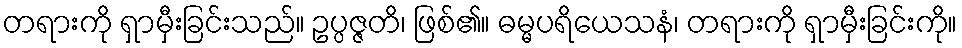
တရားကို ရှာမှီးခြင်းသည်။ ဥပ္ပဇ္ဇတိ၊ ဖြစ်၏။ ဓမ္မပရိယေသနံ၊ တရားကို ရှာမှီးခြင်းကို။